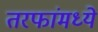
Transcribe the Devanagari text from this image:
तरफांमध्ये